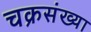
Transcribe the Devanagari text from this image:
चक्रसंख्या